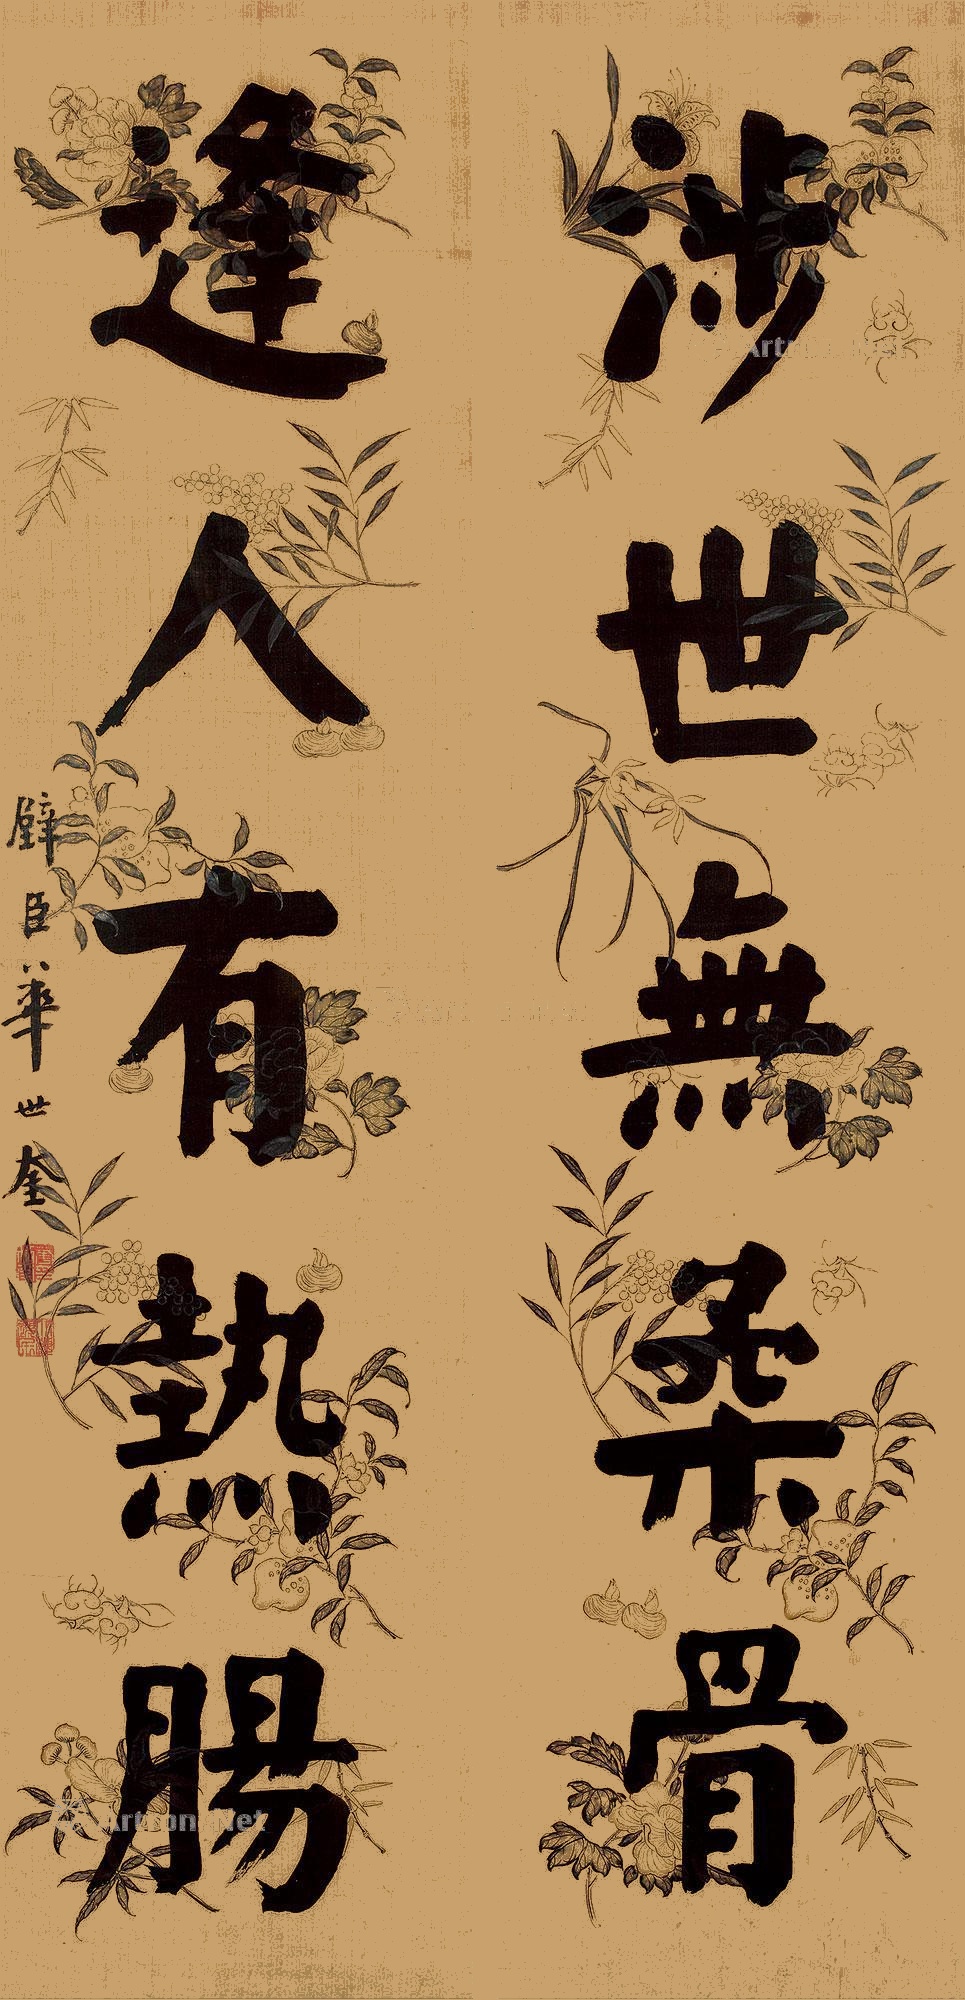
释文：涉世无柔骨，逢人有热肠。璧臣华世奎。